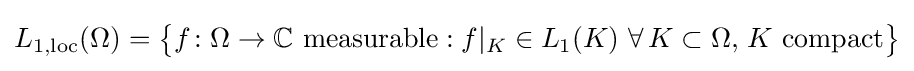
L_{1,\mathrm {loc} }(\Omega )={\bigl \{}f\colon \Omega \to \mathbb {C} {\text{ measurable}}:f|_{K}\in L_{1}(K)\ \forall \,K\subset \Omega ,\,K{\text{ compact}}{\bigr \}}